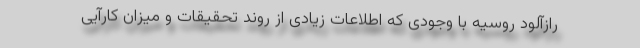
رازآلود روسیه با وجودی که اطلاعات زیادی از روند تحقیقات و میزان کارآیی